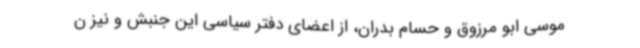
موسی ابو مرزوق و حسام بدران، از اعضای دفتر سیاسی این جنبش و نیز ن